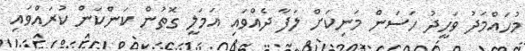
މުހައްމަދު ވަހީދު ހަސަން މަނިކަށް ލަފާ ދެއްވައި އަމަލީ ގޮތުން ކަންކަން ކުރައްވައި